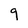
Character: 9